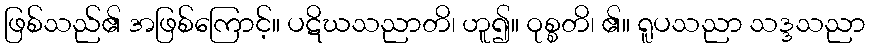
ဖြစ်သည်၏ အဖြစ်ကြောင့်။ ပဋိဃသညာတိ၊ ဟူ၍။ ဝုစ္စတိ၊ ၏။ ရူပသညာ သဒ္ဒသညာ